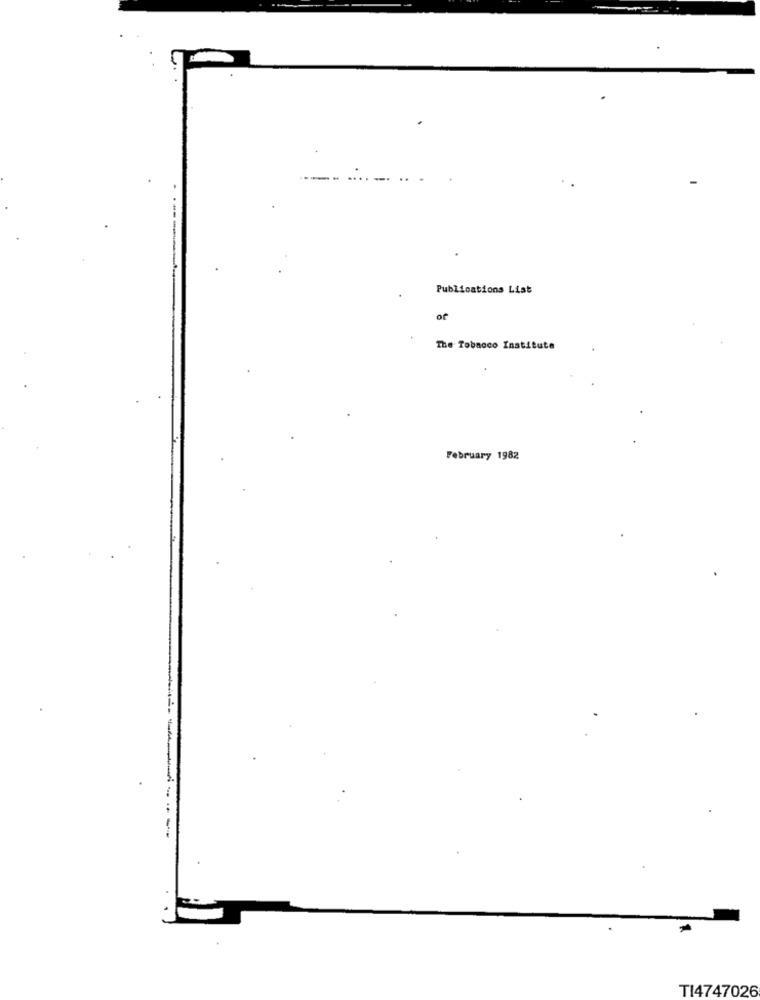
Publications List
of
The Tobacco Institute
February 1982
TI4747026